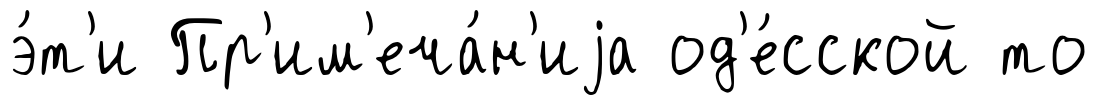
э́т'и Пр'им'еча́н'иjа од'е́сской то